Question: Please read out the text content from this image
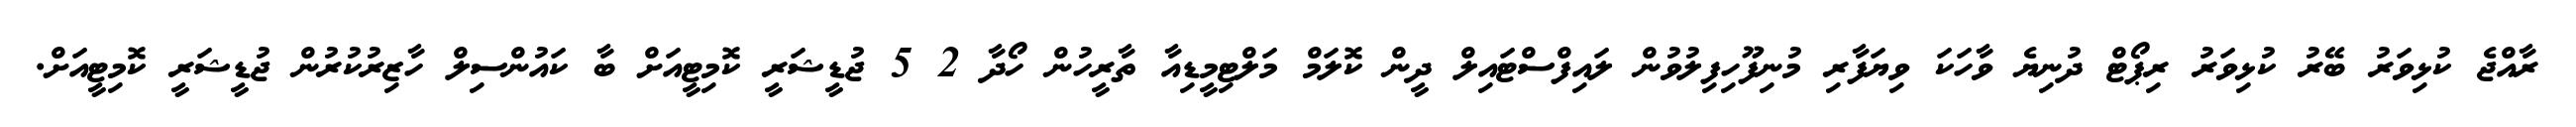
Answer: ރާއްޖެ ކުޅިވަރު ބޭރު ކުޅިވަރު ރިޕޯޓް ދުނިޔެ ވާހަކަ ވިޔަފާރި މުނިފޫހިފިލުވުން ލައިފްސްޓައިލް ދީން ކޮލަމް މަލްޓިމީޑިއާ ތާރީހުން ހޯދާ 2 5 ޖުޑީޝަރީ ކޮމިޓީއަށް ބާ ކައުންސިލް ހާޒިރުކުރުން ޖުޑީޝަރީ ކޮމިޓީއަށް.